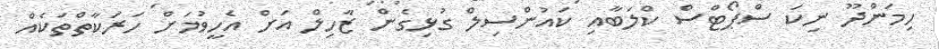
ހިމަންދޫ ނިކަ ސްޕޯޓްސް ކްލަބާއި ކައުންސިލް ގުޅިގެން ޒާހިލް އަށް އެހީވުމަށް ހަރަކާތްތަކެއް